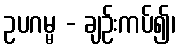
ဥပဂမ္မ - ချဉ်းကပ်၍၊